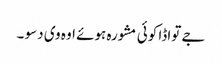
جے تواڈا کوئی مشورہ ہوئے اوہ وی دسو ۔